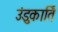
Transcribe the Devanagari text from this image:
उंडुकार्ति